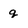
Character: q